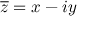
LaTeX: { \overline { { z } } } = x - i y